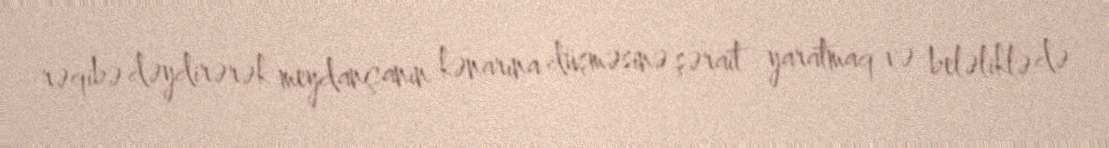
rəqibə dəydirərək meydançanın kənarına düşməsinə şərait yaratmaq və beləliklə də